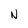
Character: N